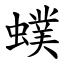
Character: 䗱